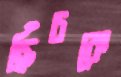
ছিঁচকে